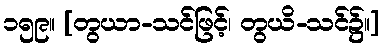
၁၅၉။ [တွယာ-သင်ဖြင့်၊ တွယိ-သင်၌။]